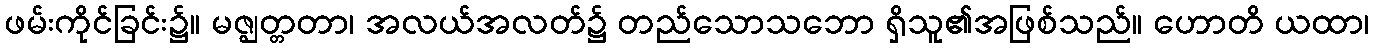
ဖမ်းကိုင်ခြင်း၌။ မဇ္ဈတ္တတာ၊ အလယ်အလတ်၌ တည်သောသဘော ရှိသူ၏အဖြစ်သည်။ ဟောတိ ယထာ၊